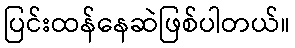
ပြင်းထန်နေဆဲဖြစ်ပါတယ်။